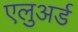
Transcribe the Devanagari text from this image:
एलुअर्ड